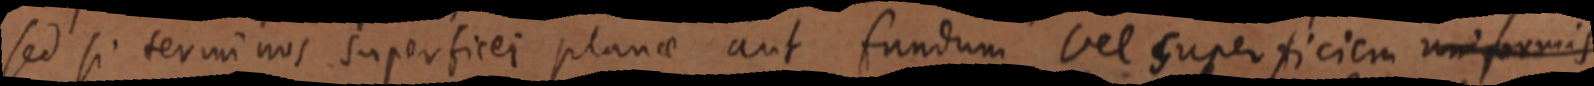
sed si terminos superficei planae aut fundum vel superficiem uniformis